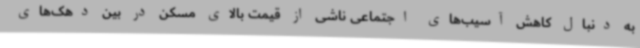
به دنبال کاهش آسیب‌های اجتماعی ناشی از قیمت بالای مسکن در بین دهک‌های